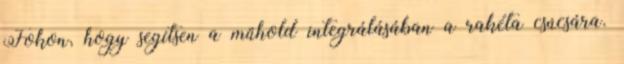
Fokon, hogy segítsen a műhold integrálásában a rakéta csúcsára.